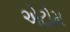
એટોમ